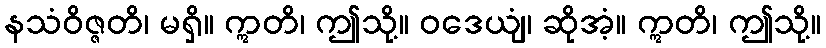
နသံဝိဇ္ဇတိ၊ မရှိ။ ဣတိ၊ ဤသို့။ ဝဒေယျံ၊ ဆိုအံ့။ ဣတိ၊ ဤသို့။